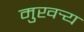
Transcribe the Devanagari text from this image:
मुखर्‍य